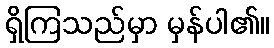
ရှိကြသည်မှာ မှန်ပါ၏။